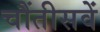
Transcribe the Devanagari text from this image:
चौंतीसवें